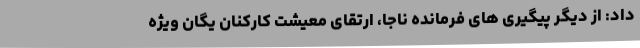
داد: از دیگر پیگیری های فرمانده ناجا، ارتقای معیشت کارکنان یگان ویژه